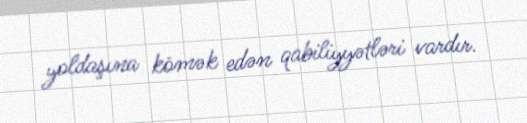
yoldaşına kömək edən qabiliyyətləri vardır.